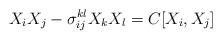
LaTeX: \begin{align*} X_i X_j - \sigma _{ij}^{kl}X_k X_l = C[X_i, X_j]\end{align*}